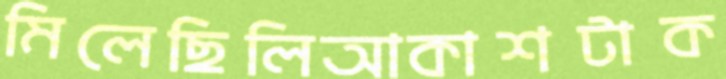
মিলেছিলিআকাশটাক